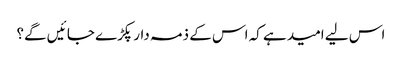
اس لیے امید ہے کہ اس کے ذمہ دار پکڑے جا ئیں گے؟